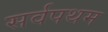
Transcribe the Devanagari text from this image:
सर्वपथम